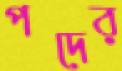
পদের